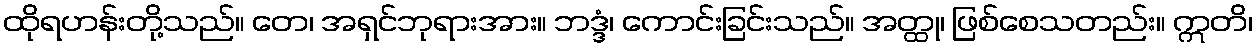
ထိုရဟန်းတို့သည်။ တေ၊ အရှင်ဘုရားအား။ ဘဒ္ဒံ၊ ကောင်းခြင်းသည်။ အတ္ထု၊ ဖြစ်စေသတည်း။ ဣတိ၊